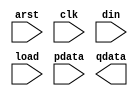
/*--  *******************************************************
--  Computer Architecture Course, Laboratory Sources 
--  Amirkabir University of Technology (Tehran Polytechnic)
--  Department of Computer Engineering (CE-AUT)
--  https://ce[dot]aut[dot]ac[dot]ir
--  *******************************************************
--  All Rights reserved (C) 2019-2020
--  *******************************************************
--  Student ID  : 
--  Student Name: 
--  Student Mail: 
--  *******************************************************
--  Additional Comments:
--
--*/

/*-----------------------------------------------------------
---  Module Name: Light Dance
---  Description: Module5
-----------------------------------------------------------*/
`timescale 1 ns/1 ns

module LightDance (
	input        arst  , // async  reset
	input        clk   , // clock  posedge
	input        din   , // input  data
	input        load  , // load   enable 
	input  [7:0] pdata , // load   data
	output [7:0] qdata   // output data
);

	/* write your code here */
	
	/* write your code here */

endmodule